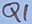
Text: Q1